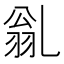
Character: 𠃽